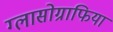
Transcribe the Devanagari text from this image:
ग्लासोग्राफिया